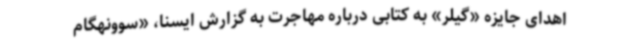
اهدای جایزه «گیلر» به کتابی درباره مهاجرت به گزارش ایسنا، «سوونهگام